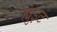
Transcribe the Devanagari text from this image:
ह्युइट